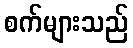
စက်များသည်